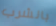
بالشرب